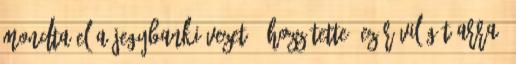
mondta el a jegybanki vezető. Hozzátette, ez rávilágít arra,